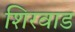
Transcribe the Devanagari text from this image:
शिरवाड